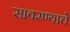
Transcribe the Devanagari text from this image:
सावरण्याचे